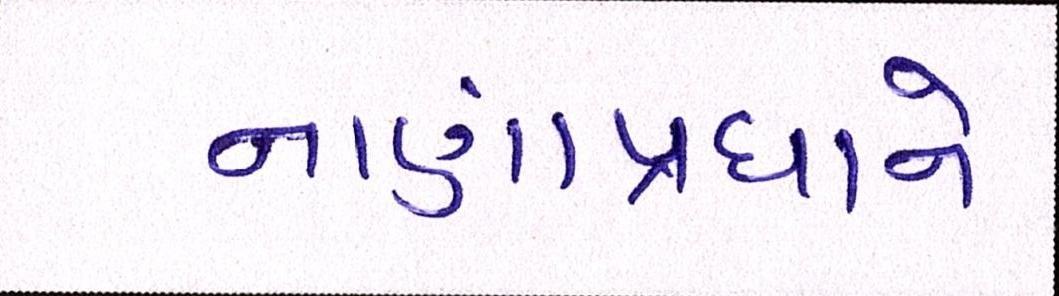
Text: નાણાંપ્રધાને